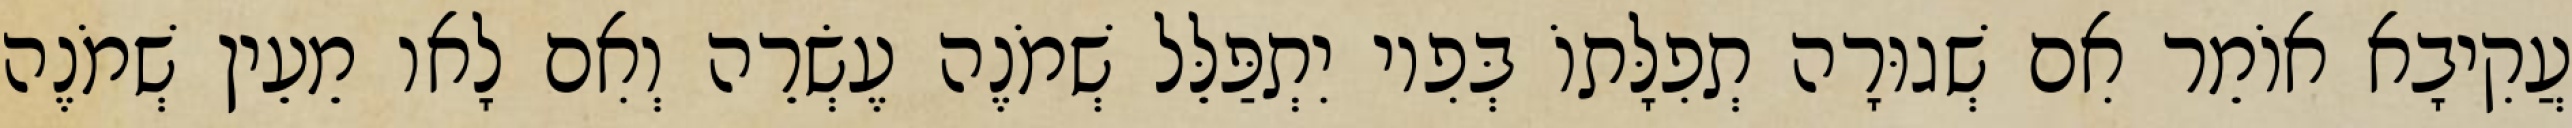
עֲקִיבָא אוֹמֵר אִם שְׁגוּרָה תְפִלָּתוֹ בְּפִיו יִתְפַּלֵּל שְׁמֹנֶה עֶשְׂרֵה וְאִם לָאו מֵעֵין שְׁמֹנֶה